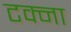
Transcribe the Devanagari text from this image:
टक्ना